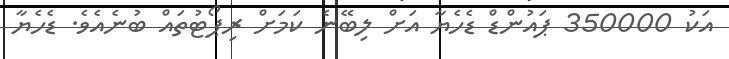
އަކު 350000 ޕައުންޑް ޑެހެޔާ އަށް ލިބޭނެ ކަމަށް ރިޕޯޓުތައް ބުނެއެވެ. ޑެހެޔާ